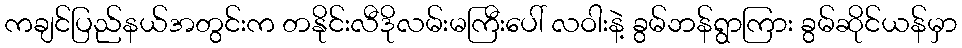
ကချင်ပြည်နယ်အတွင်းက တနိုင်းလီဒိုလမ်းမကြီးပေါ် လဝါးနဲ့ ခွမ်ဘန်ရွာကြား ခွမ်ဆိုင်ယန်မှာ